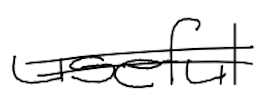
Text: useful
Cross-out: double-line
Writing tool: digital_black